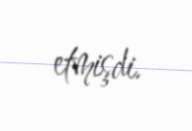
etmişdi.